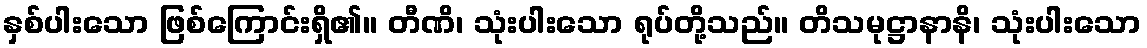
နှစ်ပါးသော ဖြစ်ကြောင်းရှိ၏။ တီဏိ၊ သုံးပါးသော ရုပ်တို့သည်။ တိသမုဋ္ဌာနာနိ၊ သုံးပါးသော